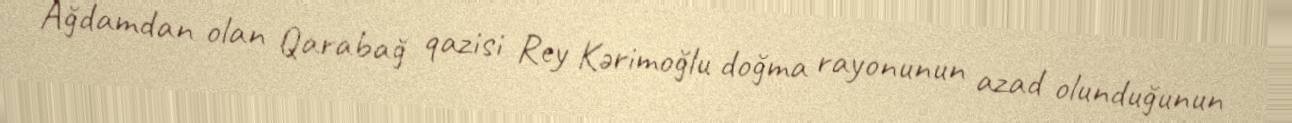
Ağdamdan olan Qarabağ qazisi Rey Kərimoğlu doğma rayonunun azad olunduğunun